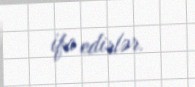
ifa edirlər.